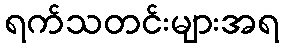
ရက်သတင်းများအရ